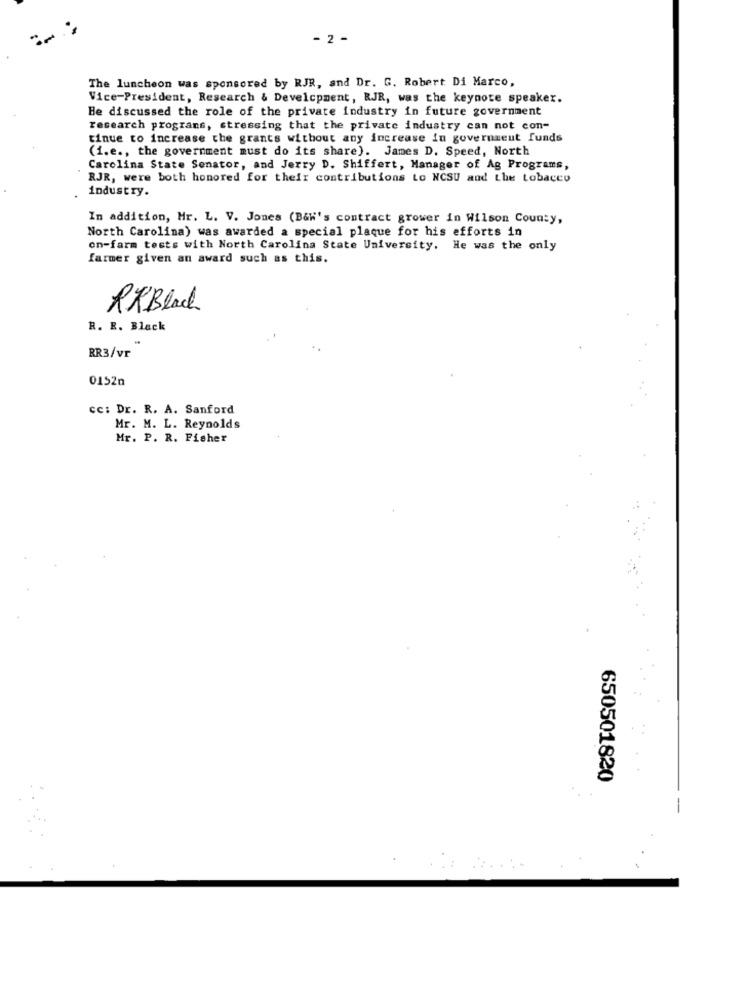
- 2 -
The luncheon was sponsored by RJR, and Dr. G. Robert Di Marco,
Vice-President, Research & Development, RJR, was the keynote speaker.
He discussed the role of the private industry in future government
research programs, stressing that the private industry can not con-
tinue to increase the grants without any increase in government funds
(i.e ., the government must do its share). James D. Speed, North
Carolina State Senator, and Jerry D. Shiffert, Manager of Ag Programs,
RJR, were both honored for their contributions Lo NCSU and the tobacco
industry.
In addition, Mr. L. V. Jones (B&h's contract grower in Wilson County,
North Carolina) was awarded a special plaque for his efforts in
on-farm tests with North Carolina State University. He was the only
farmer given an award such as this.
RKBlack
R. R. Black
RR3/vr
0152n
cc: Dr. R. A. Sanford
Mr. M. L. Reynolds
Mr. P. R. Fisher
650501820